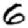
Digit: 6